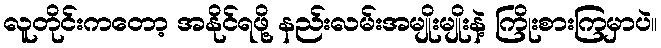
လူတိုင်းကတော့ အနိုင်ရဖို့ နည်းလမ်းအမျိုးမျိုးနဲ့ ကြိုးစားကြမှာပဲ။